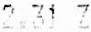
2.31 Z